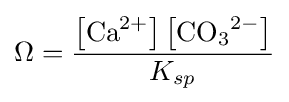
{\Omega }={\frac {\left[{\mathrm {Ca} {\vphantom {A}}^{2+}}\right]\left[{\mathrm {CO} {\vphantom {A}}_{\smash[{t}]{3}}{\vphantom {A}}^{2-}}\right]}{K_{sp}}}